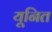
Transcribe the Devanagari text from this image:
यूनित